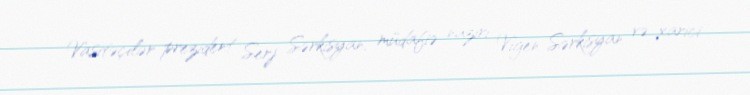
Vasitəçilər prezident Serj Sərkisyan, müdafiə naziri Vigen Sərkisyan və xarici